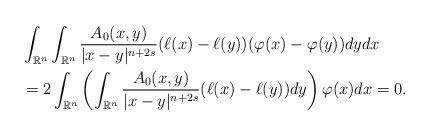
LaTeX: \begin{align*}& \int_{\mathbb{R}^n} \int_{\mathbb{R}^n} \frac{A_0(x,y)}{|x-y|^{n+2s}} (\ell(x)-\ell(y))(\varphi(x)-\varphi(y))dydx \\& = 2 \int_{\mathbb{R}^n} \left (\int_{\mathbb{R}^n} \frac{A_0(x,y)}{|x-y|^{n+2s}} (\ell(x)-\ell(y)) dy \right ) \varphi(x)dx =0.\end{align*}